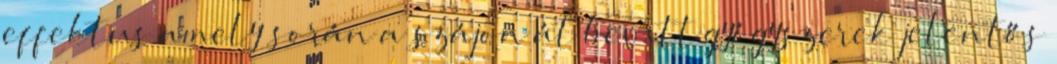
effektus amely során a szájon át bevitt gyógyszerek jelentős